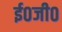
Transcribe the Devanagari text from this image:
ई०जी०